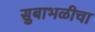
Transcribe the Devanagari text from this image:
सुबाभळीचा